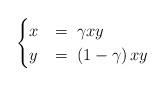
LaTeX: \begin{align*}\begin{cases}x & =\;\gamma xy\\y & =\;\left(1-\gamma\right)xy\end{cases}\end{align*}